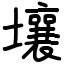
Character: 壤